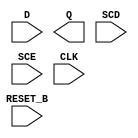
module sky130_fd_sc_lp__sdfrtp (
    //# {{data|Data Signals}}
    input  D      ,
    output Q      ,

    //# {{control|Control Signals}}
    input  RESET_B,

    //# {{scanchain|Scan Chain}}
    input  SCD    ,
    input  SCE    ,

    //# {{clocks|Clocking}}
    input  CLK
);

    // Voltage supply signals
    supply1 VPWR;
    supply0 VGND;
    supply1 VPB ;
    supply0 VNB ;

endmodule